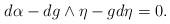
LaTeX: \begin{align*}d\alpha - dg \wedge \eta - g d\eta = 0.\end{align*}